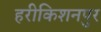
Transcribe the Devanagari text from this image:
हरीकिशनपुर